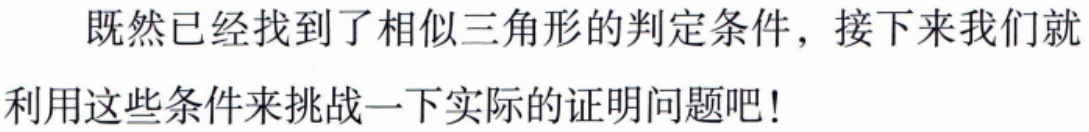
既然已经找到了相似三角形的判定条件，接下来我们就利用这些条件来挑战一下实际的证明问题吧!